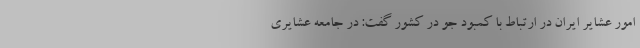
امور عشایر ایران در ارتباط با کمبود جو در کشور گفت: در جامعه عشایری